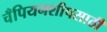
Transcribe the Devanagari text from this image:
चँपियनशीपसाठी